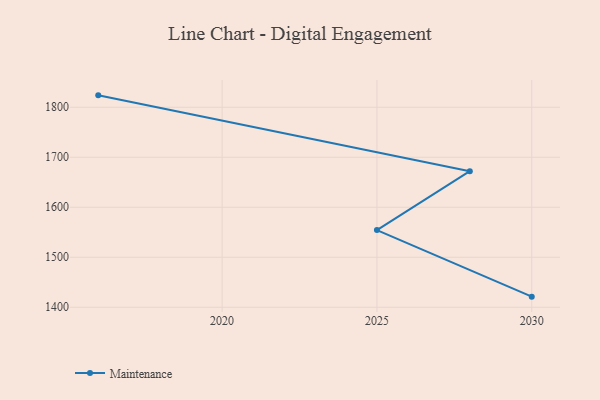
{"axis": {"x": "Year", "y": "Temperature (°C)"}, "legend": ["Maintenance"], "data": [{"x": "2016", "y": 1823.8, "type": "Maintenance"}, {"x": "2028", "y": 1672.1, "type": "Maintenance"}, {"x": "2025", "y": 1554.3, "type": "Maintenance"}, {"x": "2030", "y": 1421.2, "type": "Maintenance"}]}